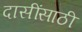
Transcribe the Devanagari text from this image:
दासींसाठी